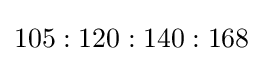
{105:120:140:168}